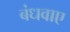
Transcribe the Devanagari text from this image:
बंधवाए